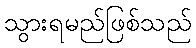
သွားရမည်ဖြစ်သည်